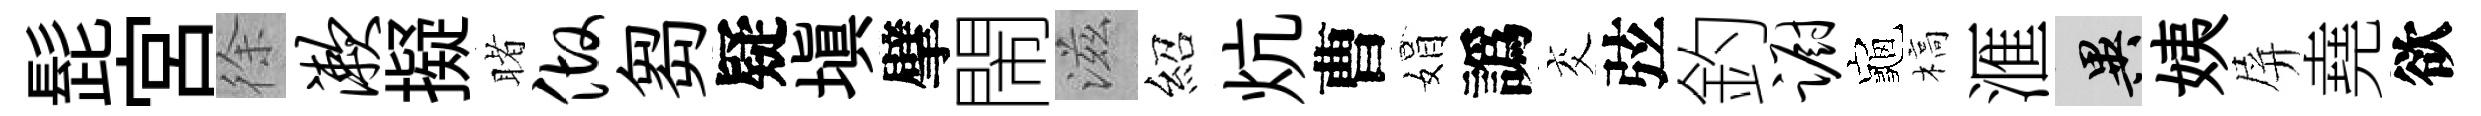
髭宮徐漱擬睹做芻疑塡擘閙滋紹炕曹娟譌交弦釣蹰龜槁滙异姨屏堯欲